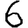
Digit: 6